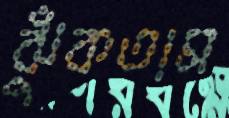
ঝুঁকতাম